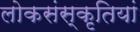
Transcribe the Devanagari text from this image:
लोकसंस्कृतियां